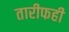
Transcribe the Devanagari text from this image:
तारीफही